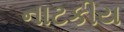
નાટકીય